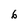
Character: 6